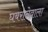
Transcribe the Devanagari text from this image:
घबरानेवाला